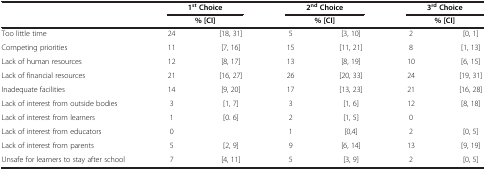
|  | <COLSPAN=2> 1st Choice | <COLSPAN=2> 2nd Choice | <COLSPAN=2> 3rd Choice |
 |  | <COLSPAN=2> % [CI] | <COLSPAN=2> % [CI] | <COLSPAN=2> % [CI] |
 | --- | --- | --- | --- | --- | --- | --- |
 | Too little time | 24 | [18, 31] | 5 | [3, 10] | 2 | [0, 1] |
 | Competing priorities | 11 | [7, 16] | 15 | [11, 21] | 8 | [1, 13] |
 | Lack of human resources | 12 | [8, 17] | 13 | [8, 19] | 10 | [6, 15] |
 | Lack of financial resources | 21 | [16, 27] | 26 | [20, 33] | 24 | [19, 31] |
 | Inadequate facilities | 14 | [9, 20] | 17 | [13, 23] | 21 | [16, 28] |
 | Lack of interest from outside bodies | 3 | [1, 7] | 3 | [1, 6] | 12 | [8, 18] |
 | Lack of interest from learners | 1 | [0. 6] | 2 | [1, 5] | 0 |  |
 | Lack of interest from educators | 0 |  | 1 | [0,4] | 2 | [0, 5] |
 | Lack of interest from parents | 5 | [2, 9] | 9 | [6, 14] | 13 | [9, 19] |
 | Unsafe for learners to stay after school | 7 | [4, 11] | 5 | [3, 9] | 2 | [0, 5] |